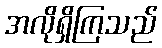
အလိုရှိကြသည်